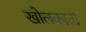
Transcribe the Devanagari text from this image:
खोलकाता